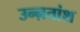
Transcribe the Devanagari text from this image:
उन्ऩतांश